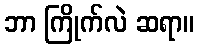
ဘာ ကြိုက်လဲ ဆရာ။